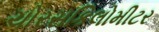
ચોરસકિલોમીટર